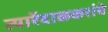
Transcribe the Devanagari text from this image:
त्यारेंदाळकरांचे